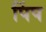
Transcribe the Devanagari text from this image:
पिंप